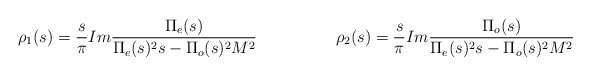
\begin{align*}\rho_1(s)=\frac{s}{\pi} Im \frac{\Pi_e(s)}{\Pi_e(s)^2 s-\Pi_o(s)^2 M^2} \hspace{2cm} \rho_2(s)=\frac{s}{\pi} Im \frac{\Pi_o(s)}{\Pi_e(s)^2 s-\Pi_o(s)^2 M^2}\end{align*}